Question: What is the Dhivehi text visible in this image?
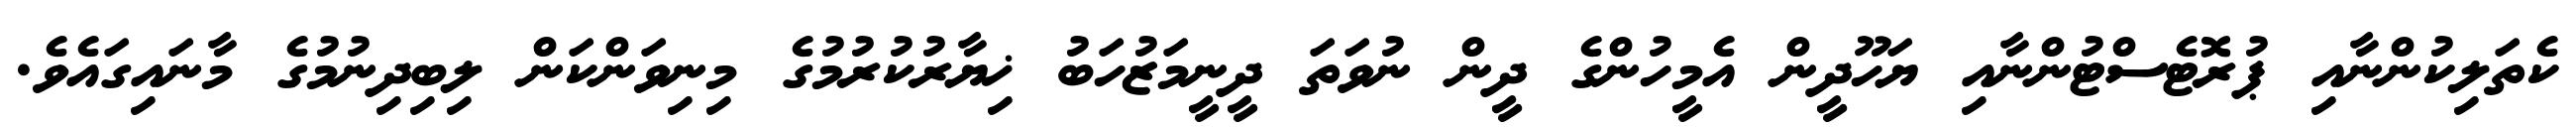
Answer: ކެތަލިކުންނާއި ޕުރޮޓެސްޓުންނާއި ޔަހޫދީން އެމީހުންގެ ދީން ނުވަތަ ދީނީމަޒުހަބު ޚިޔާރުކުރުމުގެ މިނިވަންކަން ލިބިދިނުމުގެ މާނައިގައެވެ.